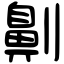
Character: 劓